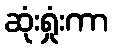
ဆုံးရှုံးကာ